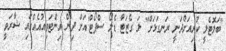
"ބަލޮޓެލީ ކުރިއަށްދަނީ ރަނގަޅަށް" ލަ ގެޒަޓާ ޑެލޯ ސްޕޯޓް'އަށް ދިން އިންޓަވިއުއެއްގައި ޝާރަވީ